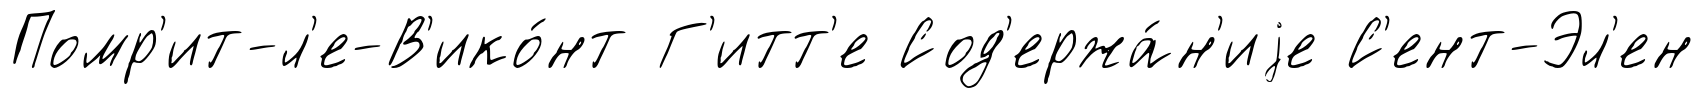
Помр'ит-л'е-В'ико́нт Г'итт'е Сод'ержа́н'иjе С'ент-Эл'ен